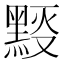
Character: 𪑉